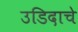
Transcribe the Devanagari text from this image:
उडिदाचे